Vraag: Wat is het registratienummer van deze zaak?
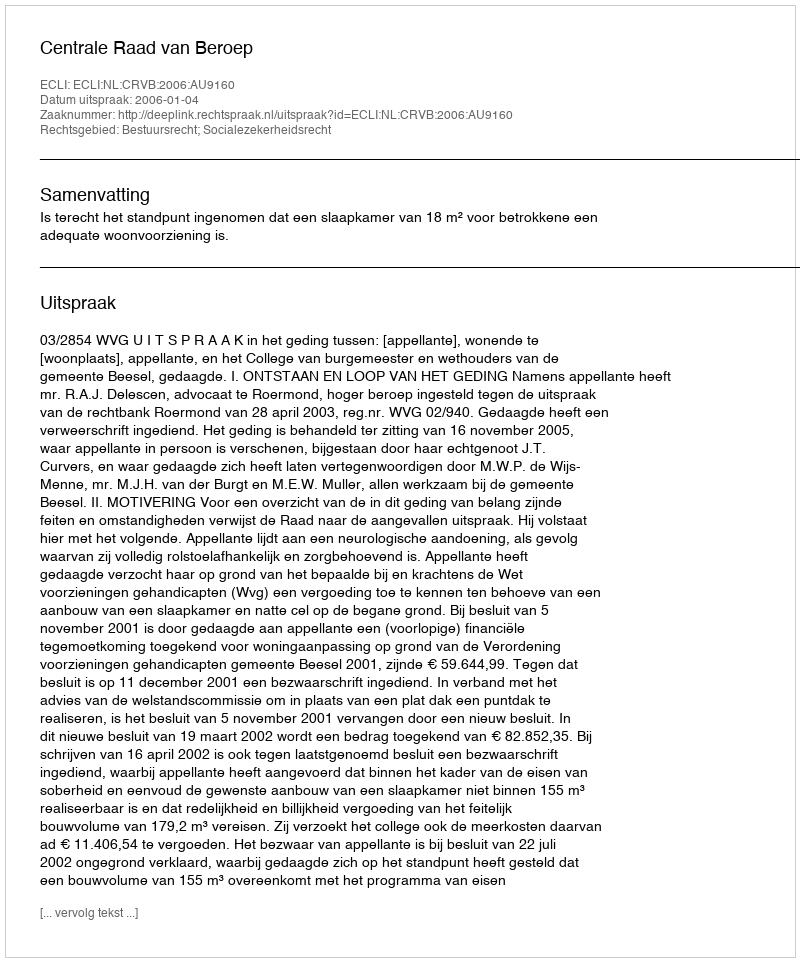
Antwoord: http://deeplink.rechtspraak.nl/uitspraak?id=ECLI:NL:CRVB:2006:AU9160